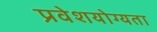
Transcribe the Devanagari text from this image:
प्रवेशयोग्यता